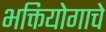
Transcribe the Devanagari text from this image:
भक्तियोगाचे